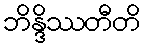
ဘိန္ဒိဿတီတိ